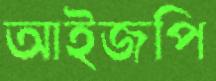
আইজপি